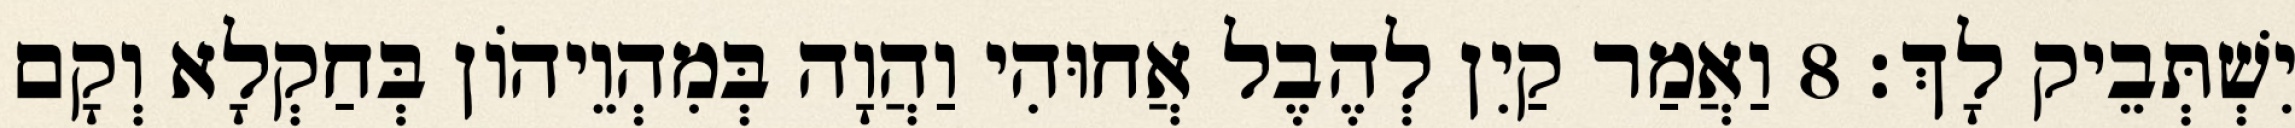
יִשְׁתְּבֵיק לָךְ׃ 8 וַאֲמַר קַיִן לְהֶבֶל אֲחוּהִי וַהֲוָה בְּמִהְוֵיהוֹן בְּחַקְלָא וְקָם